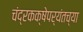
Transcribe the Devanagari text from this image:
चंद्रकक्षेपर्यंतच्या